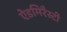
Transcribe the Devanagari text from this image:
ऐडमिरैस्टी